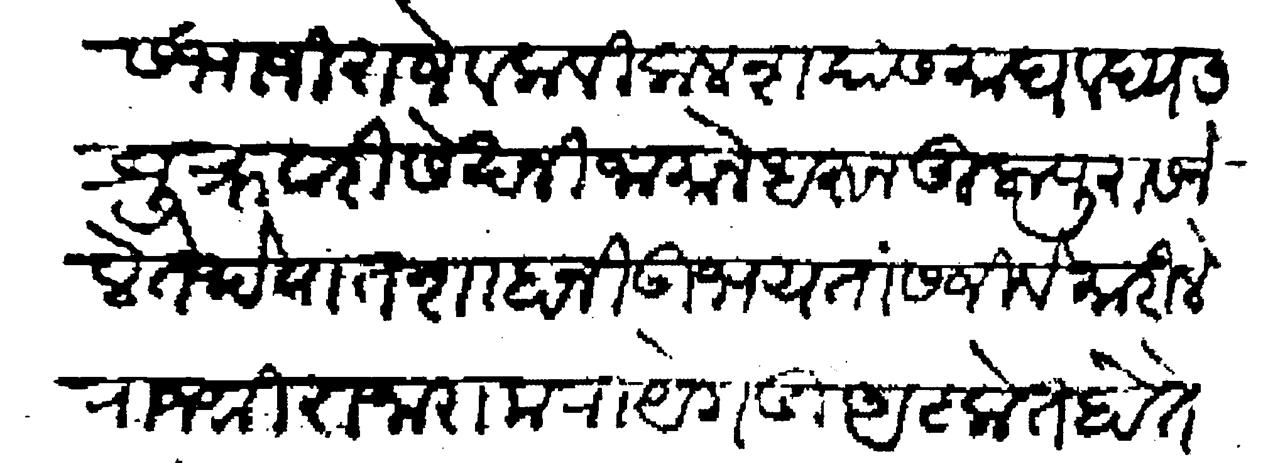
Transliteration (Devanagari): संभाजी राजे व कविकलश यास माघ वद्य ७ शुक्रवारी सेख निजामाने धरून तुलापुरास नेले तेथे पातशाहानी उभयतांस जिवे मारिले राजश्री राजाराम रायेगडी अटकेत होते